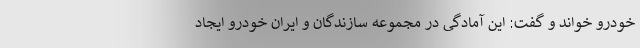
خودرو خواند و گفت: این آمادگی در مجموعه سازندگان و ایران خودرو ایجاد